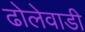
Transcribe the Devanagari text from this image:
ढोलेवाडी